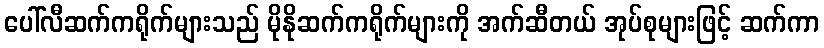
ပေါ်လီဆက်ကရိုက်များသည် မိုနိုဆက်ကရိုက်များကို အက်ဆီတယ် အုပ်စုများဖြင့် ဆက်ကာ